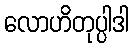
လောဟိတုပ္ပါဒါ